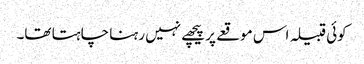
کوئی قبیلہ اس موقعے پر پیچھے نہیں رہنا چاہتا تھا۔